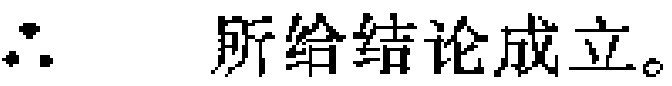
\(\therefore\) 所给结论成立。